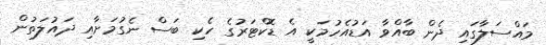
މައްސަލާގައި ދެން ބާއްވާ އަޑުއެހުމަކީ އެ ޑޮކްޓަރުގެ ހެކި ބަސް ނެގުމަށާއި ދައުލަތުން